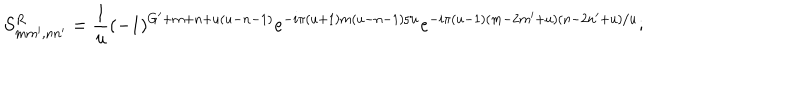
S _ { m m ^ { \prime } , n n ^ { \prime } } ^ { R } = \frac { 1 } { u } ( - 1 ) ^ { G ^ { \prime } + m + n + u ( u - n - 1 ) } e ^ { - i \pi ( u + 1 ) m ( u - n - 1 ) / u } e ^ { - i \pi ( u - 1 ) ( m - 2 m ^ { \prime } + u ) ( n - 2 n ^ { \prime } + u ) / u } ;